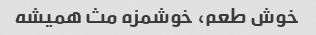
خوش طعم، خوشمزه مث همیشه